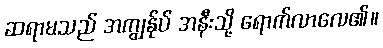
ဆရာမသည် အကျွန်ုပ် အနီးသို့ ရောက်လာလေ၏။